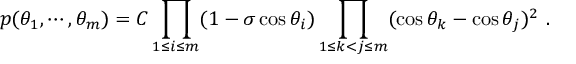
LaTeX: p ( \theta _ { 1 } , \cdots , \theta _ { m } ) = C \prod _ { 1 \leq i \leq m } ( 1 - \sigma \cos \theta _ { i } ) \prod _ { 1 \leq k < j \leq m } ( \cos \theta _ { k } - \cos \theta _ { j } ) ^ { 2 } ~ .